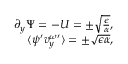
\begin{array} { r } { \partial _ { y } \Psi = - U = \pm \sqrt { \frac { \epsilon } { \alpha } } , } \\ { \langle \psi ^ { \prime } v _ { y } ^ { \omega \prime } \rangle = \pm \sqrt { \epsilon \alpha } , } \end{array}